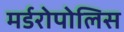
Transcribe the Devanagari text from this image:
मर्डरोपोलिस